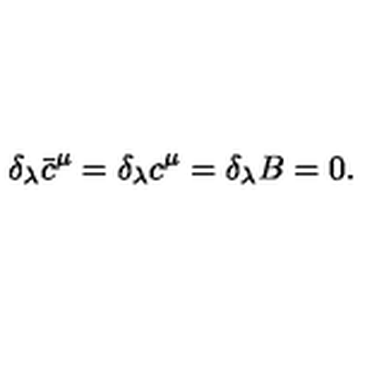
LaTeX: \delta _ { \lambda } \bar { c } ^ { \mu } = \delta _ { \lambda } c ^ { \mu } = \delta _ { \lambda } B = 0 .